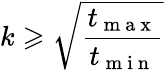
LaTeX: k\geqslant\sqrt{\frac{t_{\mathrm{~m~a~x~}}}{t_{\mathrm{~m~i~n~}}}}